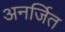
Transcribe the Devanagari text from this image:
अनर्जित